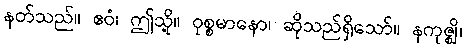
နတ်သည်။ ဧဝံ၊ ဤသို့။ ဝုစ္စမာနော၊ ဆိုသည်ရှိသော်။ နကုဇ္ဈိ၊